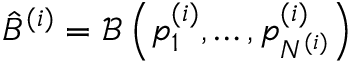
\hat { B } ^ { ( i ) } = \mathcal { B } \left( p _ { 1 } ^ { ( i ) } , \dots , p _ { N ^ { ( i ) } } ^ { ( i ) } \right)